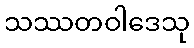
သဿတဝါဒေသု